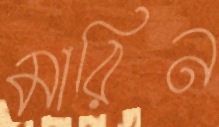
মারিন